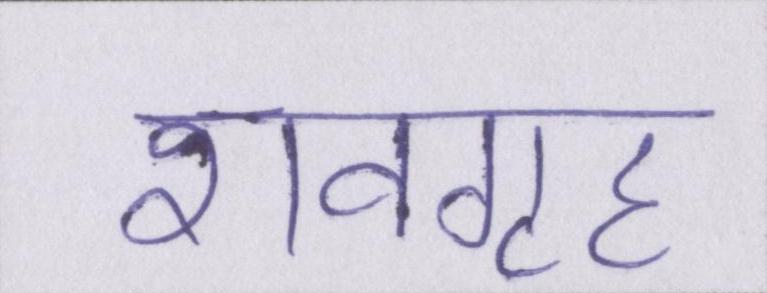
शवगृह